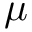
\mu